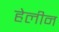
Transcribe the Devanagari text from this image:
हेलीन